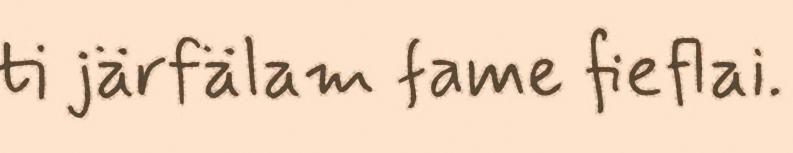
ti järfälam fame fieflai.